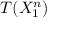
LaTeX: T ( X _ { 1 } ^ { n } )